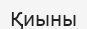
Қиыны